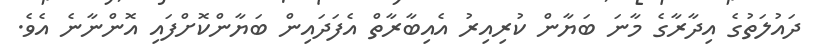
ދައުލަތުގެ އިދާރާގެ މާނަ ބަޔާން ކުރިއިރު އެއިބާރާތް އެފަދައިން ބަޔާންކޮށްފައި އޮންނާނެ އެވެ.